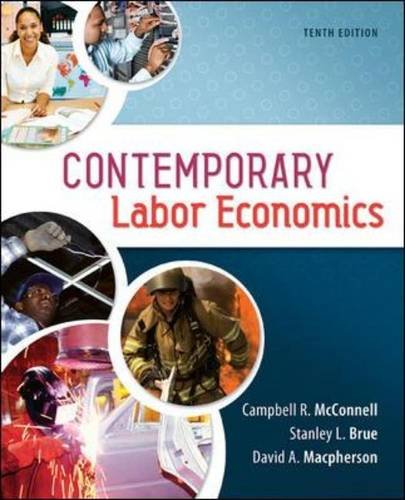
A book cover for Contemporary Labor Economics (The Mcgraw-Hill Series Economics); Campbell McConnell; Business & Money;